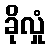
ခိုလှုံ